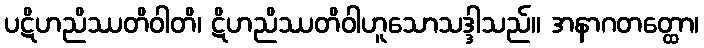
ပဋိဟညိဿတိဝါတိ၊ ဋိဟညိဿတိဝါဟူသောသဒ္ဒါသည်။ အနာဂတတ္ထော၊